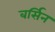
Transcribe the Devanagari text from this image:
बर्सिन